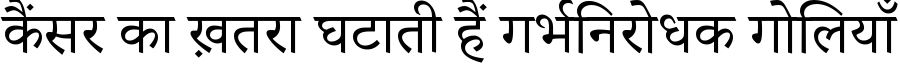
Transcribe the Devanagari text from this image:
कैंसर का ख़तरा घटाती हैं गर्भनिरोधक गोलियाँ